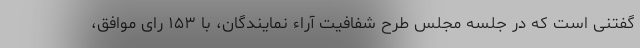
گفتنی است که در جلسه مجلس طرح شفافیت آراء نمایندگان، با ۱۵۳ رای موافق،